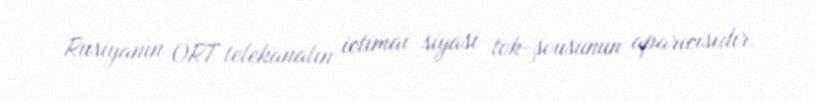
Rusiyanın ORT telekanalın ictimai-siyasi tok-şousunun aparıcısıdır.